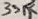
Text: 33K